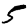
Digit: 5